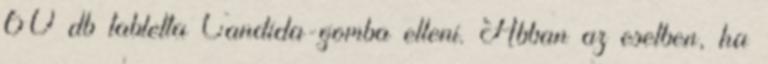
60 db tabletta Candida-gomba elleni. Abban az esetben, ha